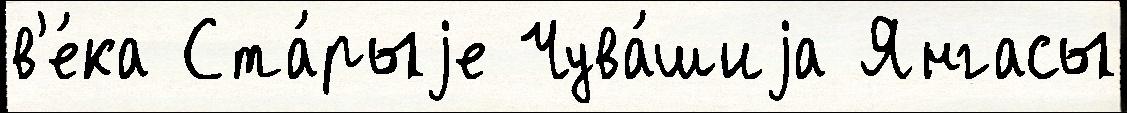
в'е́ка Ста́рыjе Чува́шиjа Янгасы